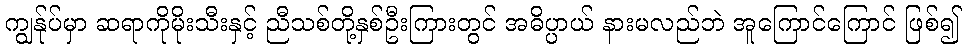
ကျွန်ုပ်မှာ ဆရာကိုမိုးသီးနှင့် ညီသစ်တို့နှစ်ဦးကြားတွင် အဓိပ္ပာယ် နားမလည်ဘဲ အူကြောင်ကြောင် ဖြစ်၍